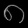
Digit: ၈